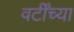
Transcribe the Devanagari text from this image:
वर्टींच्या